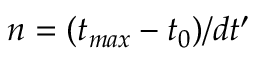
n = ( t _ { m a x } - t _ { 0 } ) / d t ^ { \prime }